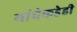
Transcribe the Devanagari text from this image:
यांचेकडेही